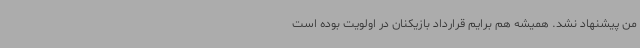
من پیشنهاد نشد. همیشه هم برایم قرارداد بازیکنان در اولویت بوده است